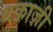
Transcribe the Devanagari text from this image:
थक़ाज़ी